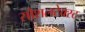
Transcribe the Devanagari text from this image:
सोशलटेक्स्ट